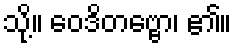
သို့။ ဝေဒိတဗ္ဗော၊ ၏။